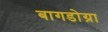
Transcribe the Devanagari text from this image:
बागडोग्रा